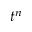
t ^ { n }